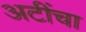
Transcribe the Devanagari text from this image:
अटींचा